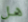
هل